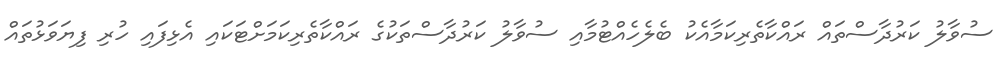
ސުވާލު ކަރުދާސްތައް ރައްކާތެރިކަމާއެކު ބެލެހެއްޓުމާއި ސުވާލު ކަރުދާސްތަކުގެ ރައްކާތެރިކަމަށްޓަކައި އެޅިފައި ހުރި ފިޔަވަޅުތައް